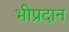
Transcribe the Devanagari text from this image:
भीप्रदान